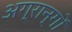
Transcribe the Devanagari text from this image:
अग्रान्गों